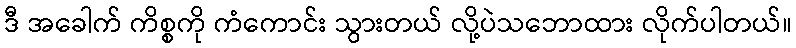
ဒီ အခေါက် ကိစ္စကို ကံကောင်း သွားတယ် လို့ပဲသဘောထား လိုက်ပါတယ်။